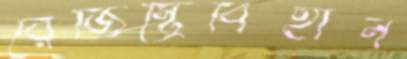
রেজিস্ট্রিবিহীন